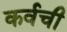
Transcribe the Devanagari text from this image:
कर्वची